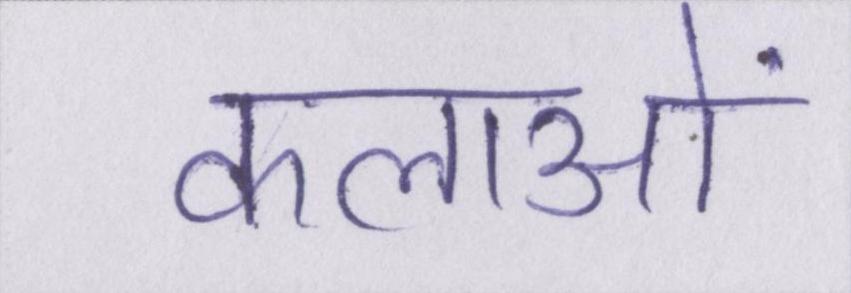
कलाओं